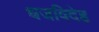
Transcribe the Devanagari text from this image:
धजविदेह